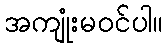
အကျုံးမဝင်ပါ။